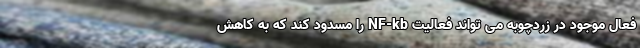
فعال موجود در زردچوبه می تواند فعالیت NF-kb را مسدود کند که به کاهش